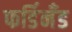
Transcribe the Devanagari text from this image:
फर्डिनँड